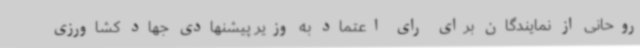
روحانی از نمایندگان برای رای اعتماد به وزیر پیشنهادی جهاد کشاورزی